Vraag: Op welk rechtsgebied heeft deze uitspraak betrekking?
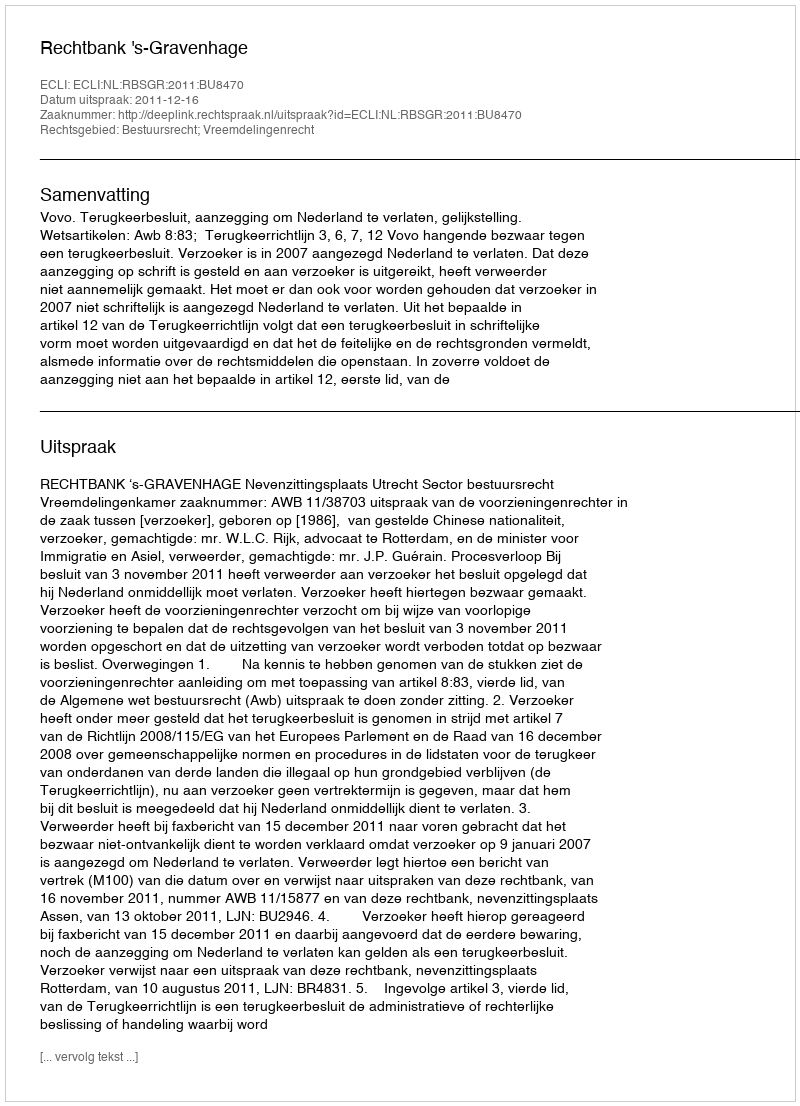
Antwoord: Bestuursrecht; Vreemdelingenrecht